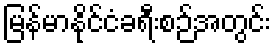
မြန်မာနိုင်ငံခရီးစဉ်အတွင်း